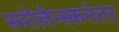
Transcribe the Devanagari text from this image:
स्मोलेन्स्कनंतर